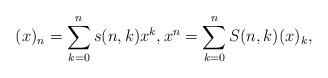
LaTeX: \begin{align*}(x)_n=\sum_{k=0}^n s(n,k) x^k,x^n=\sum_{k=0}^n S(n,k)(x)_k,\end{align*}